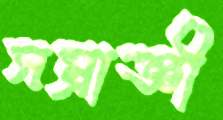
সম্রাজ্ঞী